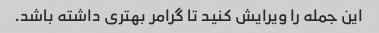
این جمله را ویرایش کنید تا گرامر بهتری داشته باشد.